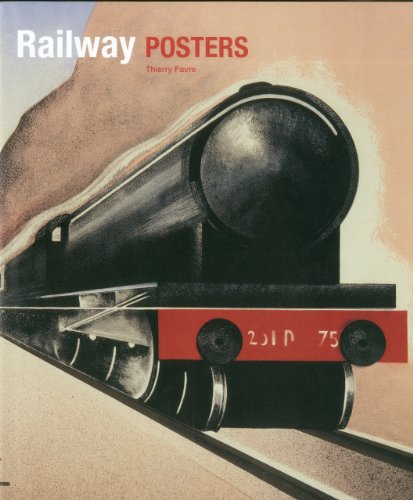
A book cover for Railway Posters; Thierry Favre; Crafts, Hobbies & Home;